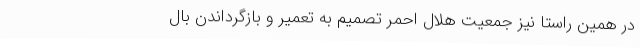
در همین راستا نیز جمعیت هلال احمر تصمیم به تعمیر و بازگرداندن بال